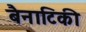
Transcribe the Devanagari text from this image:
बैनाटिकी